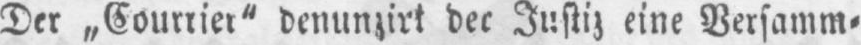
Der „Courrier“ denunzirt der Justiz eine Versamm⸗